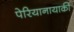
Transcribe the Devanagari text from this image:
पेरियानायाकी